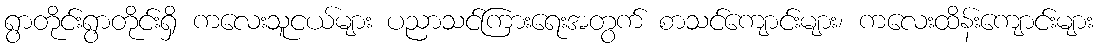
ရွာတိုင်းရွာတိုင်းရှိ ကလေးသူငယ်များ ပညာသင်ကြားရေးအတွက် စာသင်ကျောင်းများ၊ ကလေးထိန်းကျောင်းများ